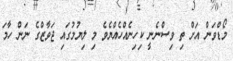
މޯޑްވަން އަށް ތި ވިސްނެނީ ކިހިނެއްހެއްޔެވެ މި ލިޔުމުގައި ޖަވާޒްގެ ނަން ހާމަ